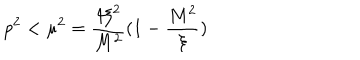
LaTeX: p ^ { 2 } < \mu ^ { 2 } = \frac { 4 \xi ^ { 2 } } { M ^ { 2 } } ( 1 - \frac { M ^ { 2 } } { \xi } )